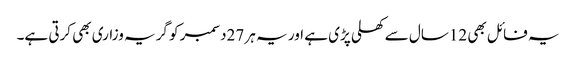
یہ فائل بھی 12سال سے کھلی پڑی ہے اور یہ ہر 27دسمبر کو گریہ وزاری بھی کرتی ہے۔